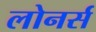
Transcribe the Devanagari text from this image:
लोनर्स